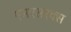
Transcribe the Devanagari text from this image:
एमएसएक्स